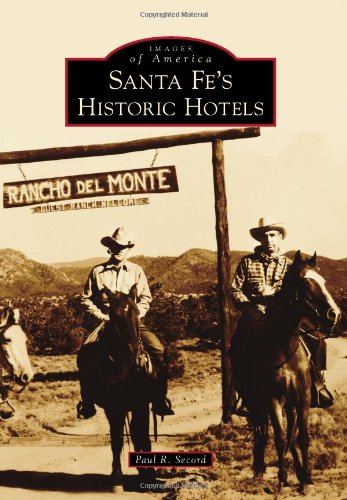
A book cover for Santa Fe's Historic Hotels (Images of America (Arcadia Publishing)); Paul R. Secord; Travel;